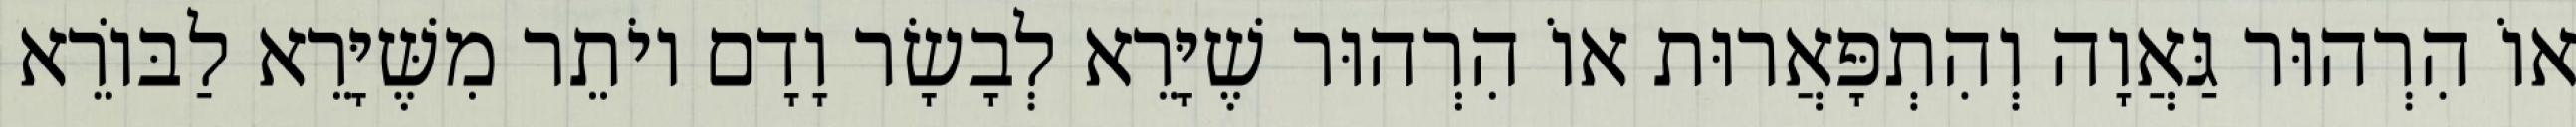
אוֹ הִרְהוּר גַּאֲוָה וְהִתְפָּאֲרוּת אוֹ הִרְהוּר שֶׁיָּרֵא לְבָשָׂר וָדָם יוֹתֵר מִשֶּׁיָּרֵא לַבּוֹרֵא